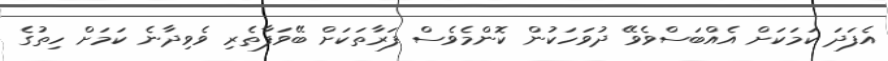
އެފަދަ ކަމަކަށް އެއްބަސްވެވޭ ދުވަހަކުން ކޮންމެވެސް ފަރާތަކަށް ބޭވަފާތެރި ވެވިދާނެ ކަމަށް ހިތުގެ